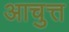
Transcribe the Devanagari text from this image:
आचुत्त